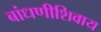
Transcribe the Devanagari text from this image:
बांधणीशिवाय